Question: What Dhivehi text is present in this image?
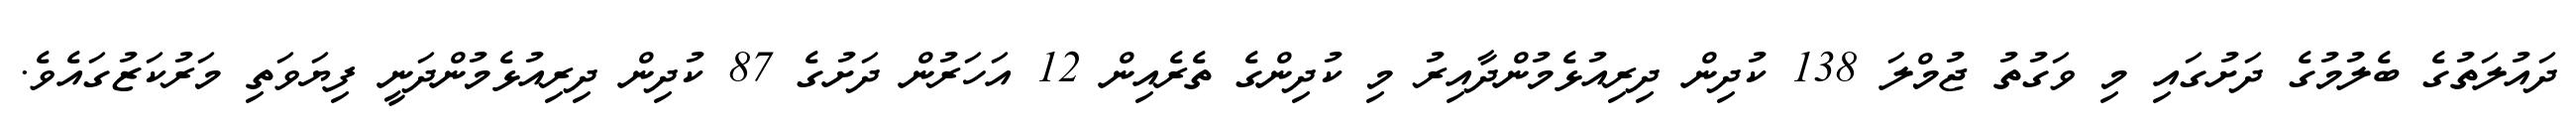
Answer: ދައުލަތުގެ ބެލުމުގެ ދަށުގައި މި ވަގުތު ޖުމްލަ 138 ކުދިން ދިރިއުޅެމުންދާއިރު މި ކުދިންގެ ތެރެއިން 12 އަހަރުން ދަށުގެ 87 ކުދިން ދިރިއުޅެމުންދަނީ ފިޔަވަތި މަރުކަޒުގައެވެ.